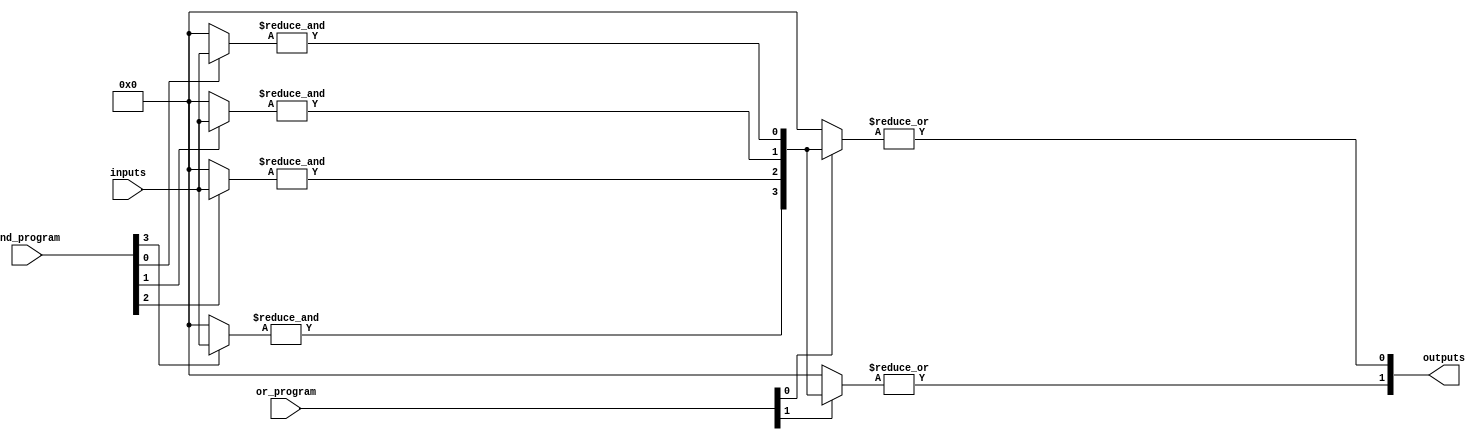
module programmable_PLA (
    input wire [N-1:0] inputs,       // N input lines
    input wire [M-1:0] and_program,   // M programmable connections for AND gates
    input wire [P-1:0] or_program,    // P programmable connections for OR gates
    output wire [Q-1:0] outputs       // Q output lines
);

parameter N = 4; // Number of inputs
parameter M = 4; // Number of AND gates
parameter P = 4; // Number of product terms
parameter Q = 2; // Number of outputs

// Internal wires for product terms
wire [P-1:0] product_terms;

// AND array implementation
genvar i, j;
generate
    for (i = 0; i < M; i = i + 1) begin : and_array
        wire [N-1:0] and_inputs;
        assign and_inputs = (and_program[i] == 1'b1) ? inputs : {N{1'b0}};
        assign product_terms[i] = &and_inputs; // AND operation
    end
endgenerate

// OR array implementation
generate
    for (j = 0; j < Q; j = j + 1) begin : or_array
        wire [P-1:0] or_inputs;
        assign or_inputs = (or_program[j] == 1'b1) ? product_terms : {P{1'b0}};
        assign outputs[j] = |or_inputs; // OR operation
    end
endgenerate

endmodule